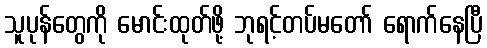
သူပုန်တွေကို မောင်းထုတ်ဖို့ ဘုရင့်တပ်မတော် ရောက်နေပြီ